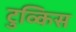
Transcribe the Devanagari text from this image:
टुव्किस